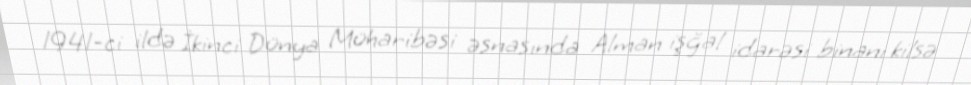
1941-ci ildə İkinci Dünya Müharibəsi əsnasında Alman işğal idarəsi binanı kilsə